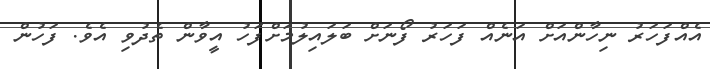
އެއްފަހަރު ނިހާންއަށް އަނެއް ފަހަރު ފޯނަށް ބަލައިލުމަށްފަހު އީވާން ތެދުވި އެވެ. ފަހުން